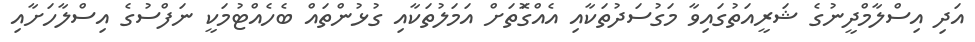
އަދި އިސްލާމްދީނުގެ ޝަރީއަތުގައިވާ މަގުސަދުތަކާއި އެއްގޮަތަށް އަމަލުތަކާއި ގުޅުންތައް ބެހެއްޓުމަކީ ނަފްސުގެ އިސްލާހަށާއި